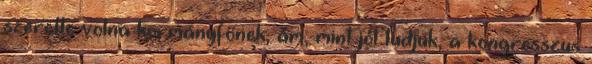
szerette volna kormányfőnek, ám, mint jól tudjuk, a kongresszus